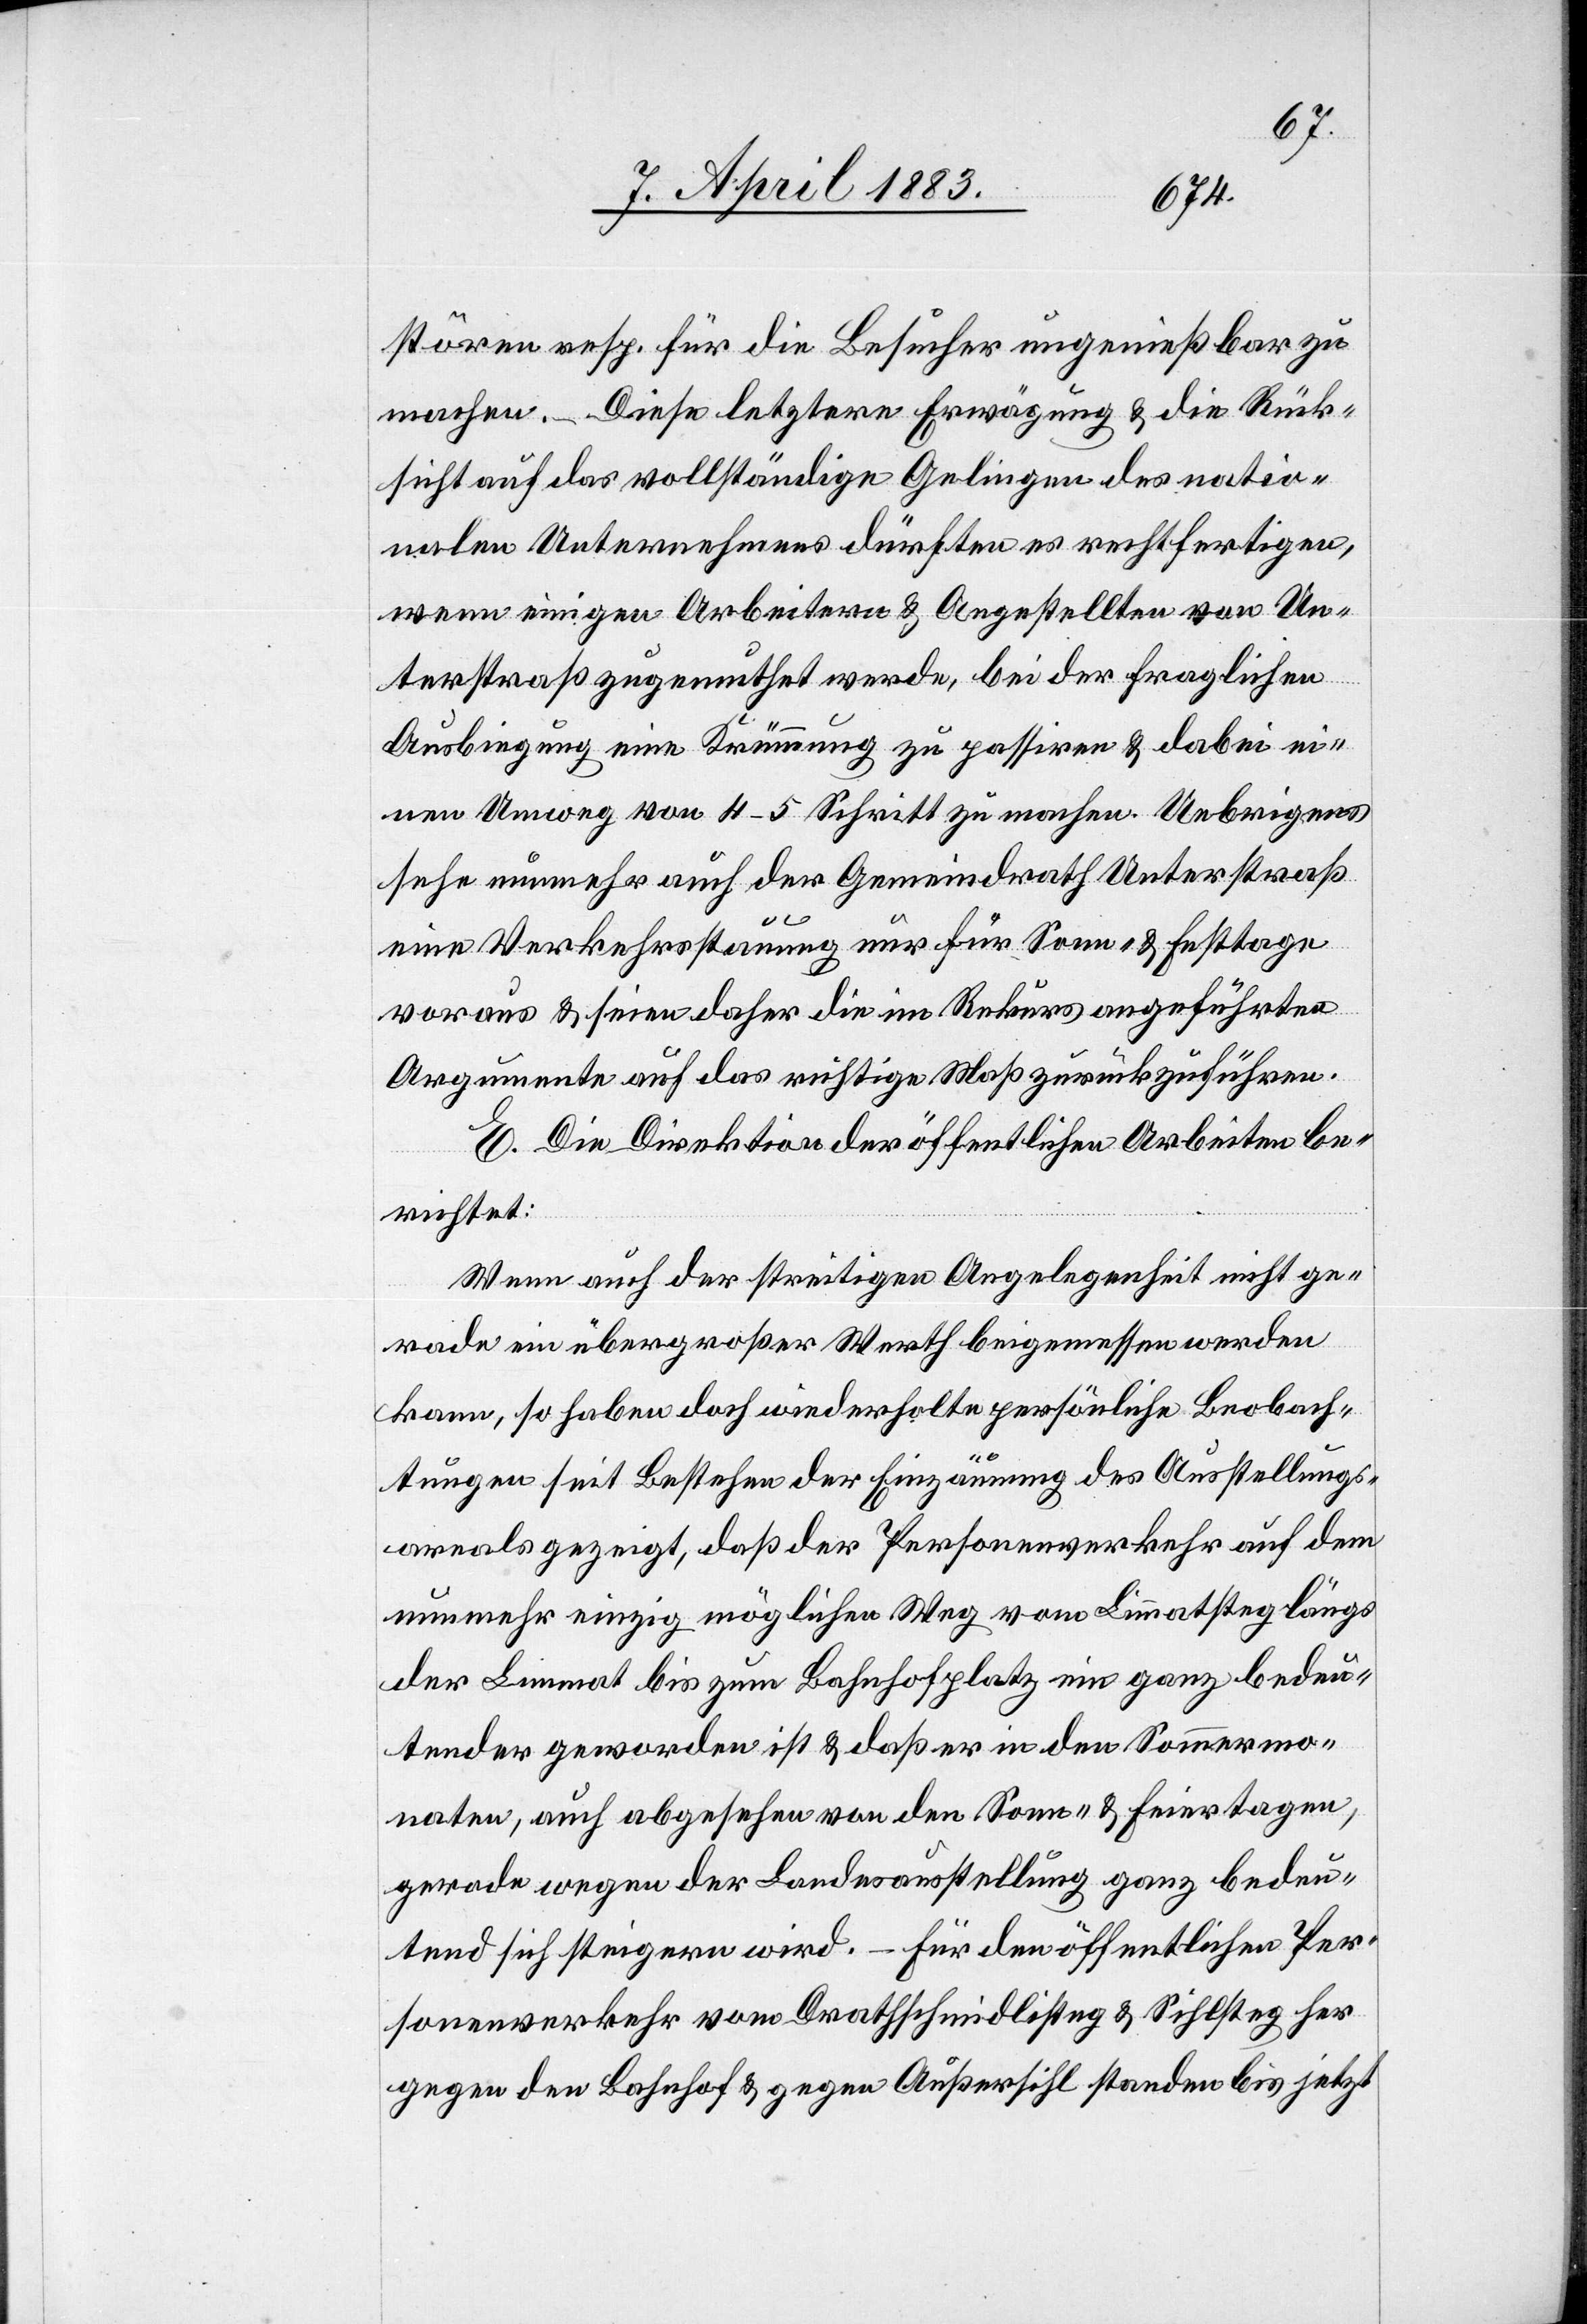
stören resp. für die Besucher ungenießbar zu
machen. Diese letztere Erwägung & die Rück¬
sicht auf das vollständige Gelingen des natio¬
nalen Unternehmens dürften es rechtfertigen,
wenn einigen Arbeitern & Angestellten von Un¬
terstraß zugemuthet werde, bei der fraglichen
Ausbiegung eine Krümmung zu passiren & dabei ei¬
nen Umweg von 4–5 Schritt zu machen. Uebrigens
sehe nunmehr auch der Gemeindrath Unterstraß
eine Verkehrsstauung nur für Sonn- & Festtage
voraus & seien daher die im Rekurs angeführten
Argumente auf das richtige Maß zurückzuführen.
E. Die Direktion der öffentlichen Arbeiten be¬
richtet:
Wenn auch der streitigen Angelegenheit nicht ge¬
rade ein übergroßer Werth beigemessen werden
kann, so haben doch wiederholte persönliche Beobach¬
tungen seit Bestehen der Einzäunung des Ausstellungs¬
areals gezeigt, daß der Personenverkehr auf dem
nunmehr einzig möglichen Weg vom Limmatsteg längs
der Limmat bis zum Bahnhofplatz ein ganz bedeu¬
tender geworden ist & das er in den Sommermo¬
naten, auch abgesehen von den Sonn- & Feiertagen,
gerade wegen der Landesausstellung ganz bedeu¬
tend sich steigern wird. – Für den öffentlichen Per¬
sonenverkehr vom Drathschmidlisteg & Sihlsteg her
gegen den Bahnhof & gegen Außersihl standen bis jetzt